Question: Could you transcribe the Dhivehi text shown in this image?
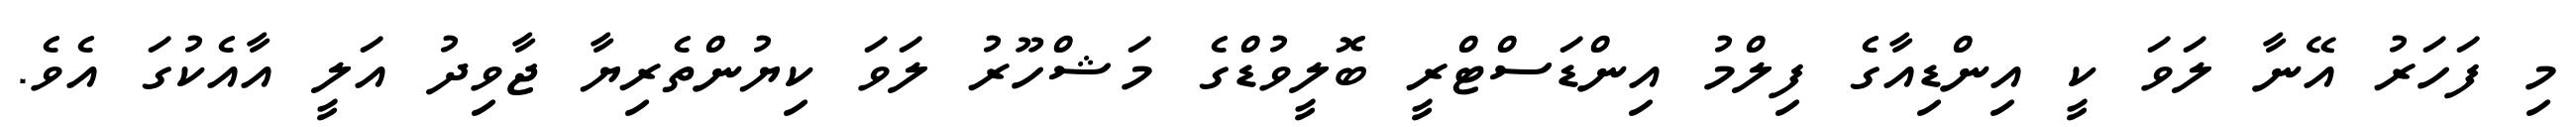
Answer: މި ފަހަރު އޭނާ ލަވަ ކީ އިންޑިއާގެ ފިލްމު އިންޑަސްޓްރީ ބޮލީވުޑްގެ މަޝްހޫރު ލަވަ ކިޔުންތެރިޔާ ޖާވިދު އަލީ އާއެކުގަ އެވެ.